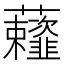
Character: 𰲗